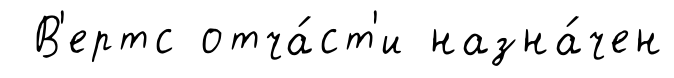
В'ертс отча́ст'и назна́чен